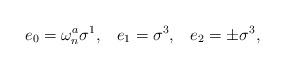
LaTeX: \begin{align*}e_0 = \omega_n^a \sigma^1,\;\;\; e_1 = \sigma^3,\;\;\; e_2 = \pm \sigma^3,\end{align*}